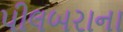
પીલબરાના